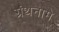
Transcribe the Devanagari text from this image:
ग्रंथनामे